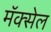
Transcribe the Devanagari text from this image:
मॅक्‍सेल